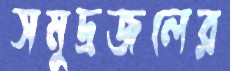
সমুদ্রজলের